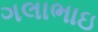
ગલાભાઇ